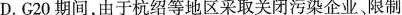
D.G2O期间，由于杭绍等地区采取关闭污染企业、限制